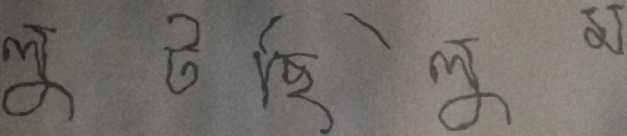
লুটছিলুম